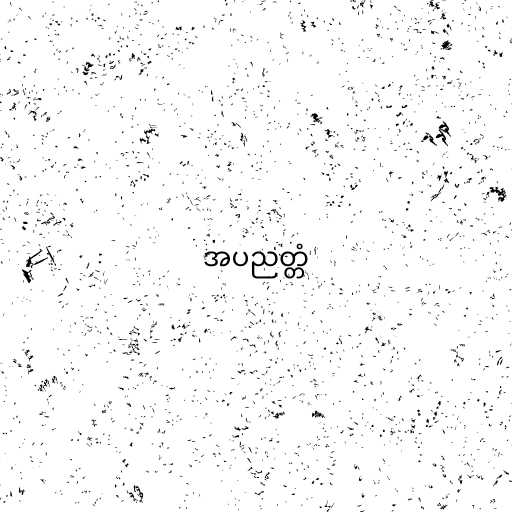
အပညတ္တံ